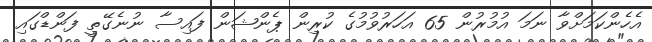
އެހެންކަމަށްވާ ނަމަ އުމުރުން 65 އަހަރުވުމުގެ ކުރިން ޕެންޝަން ފައިސާ ނުނެގޭތީ ފަންޑްގައި